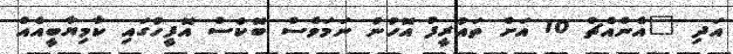
އަދި "އެންއެޗް 10 އަށް ތައުރީފު އޮހުނު ނަމަވެސް ބޮކްސް އޮފީހުގައި ކާމިޔާބީއެއް